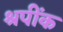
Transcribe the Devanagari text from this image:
श्रपींक